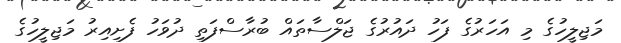
މަޖިލީހުގެ މި އަހަރުގެ ފަހު ދައުރުގެ ޖަލްސާތައް ބުރާސްފަތި ދުވަހު ފެށިއިރު މަޖިލީހުގެ